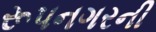
રૂપનગરની